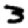
Digit: 3